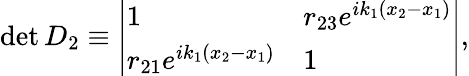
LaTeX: \begin{array}{r}{\operatorname*{det}D_{2}\equiv\left|\begin{array}{ll}{1}&{r_{23}e^{ik_{1}(x_{2}-x_{1})}}\\ {r_{21}e^{ik_{1}(x_{2}-x_{1})}}&{1}\end{array}\right|,}\end{array}